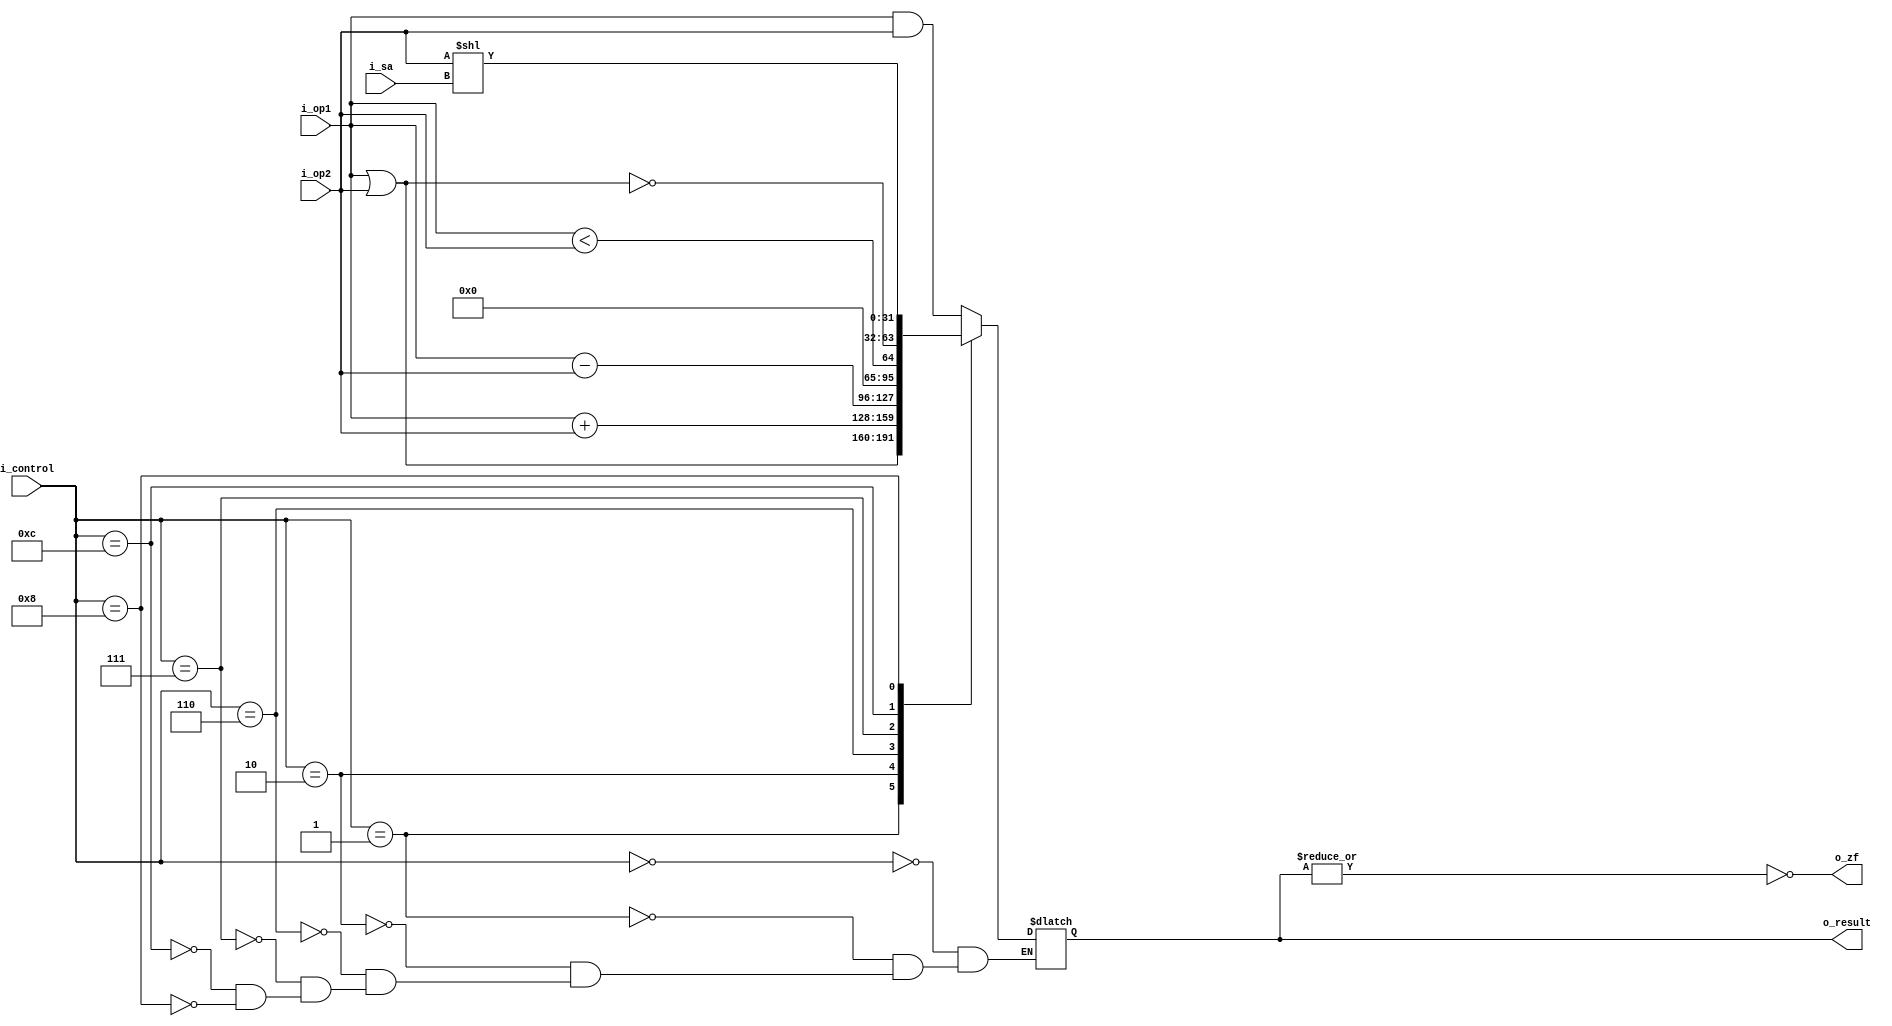
module alu(i_op1, i_op2, i_control,i_sa ,o_result, o_zf);

localparam AND = 4'b0000, OR = 4'b0001, ADD = 4'b0010;
localparam SUB = 4'b0110, SOLT = 4'b0111, NOR = 4'b1100; //SOLT - Set On Less then
localparam SLL = 4'b1000;

input       [31:0]  i_op1, i_op2;
input 		[4:0]	i_sa;
input       [3:0]   i_control;
output reg  [31:0]  o_result;
output 	            o_zf;

assign o_zf = ~|o_result;

always @(*) begin
	case(i_control)
		AND: 	o_result = i_op1 & i_op2;
		OR:		o_result = i_op1 | i_op2;
		ADD:	o_result = i_op1 + i_op2;
		SUB:	o_result = i_op1 - i_op2;
		SOLT:	o_result = i_op1 < i_op2;
		NOR:	o_result = ~(i_op1 | i_op2);
		SLL:	o_result = i_op2 << i_sa;
	endcase
end

endmodule